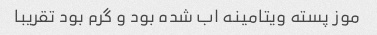
موز پسته ویتامینه اب شده بود و گرم بود تقریبا